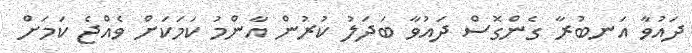
ދައުވާ އަނބުރާ ގެންގޮސް ދައުވާ ބަދަލު ކުރުން އާންމު ކަމަކަށް ވެއްޖެ ކަމަށް